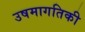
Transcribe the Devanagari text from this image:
उषमागतिकी